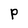
Character: P